Leaving Certificate Examination, 1913
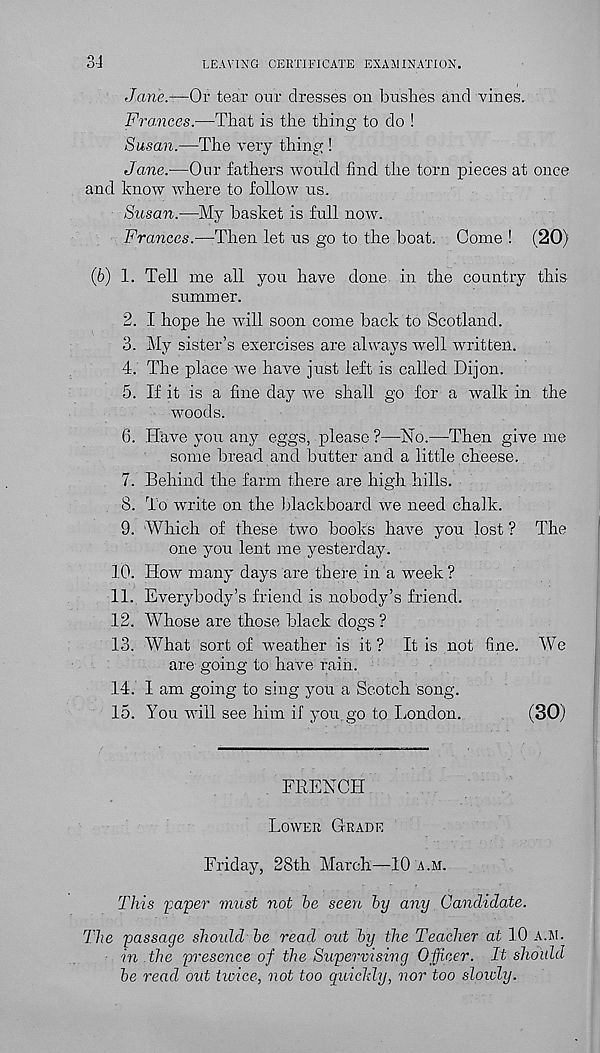
LEAVING CERTIFICATE EXAMINATION.
o \
O-i
Jane.—Or tear our dresses on bushes and vines.
Frances.'—That is the thing to do !
Susan.—The very thing !
Jane.—Our fathers would find the torn pieces at once
and know where to follow us.
Susan.—My basket is full now.
Frances.—Then let us go to the boat. Come ! (20)
(6) 1. Tell me all you have done in the country this
summer.
2. I hope he will soon come back to Scotland.
3. My sister’s exercises are always well written.
4. The place we have just left is called Dijon.
5. If it is a fine day we shall go for a walk in the
woods.
6. Have you any eggs, please ?—Ho.—Then give me
some bread and butter and a little cheese.
7. Behind the farm there are high hills.
8. To write on the blackboard we need chalk.
9. Which of these two books have you lost ? The
one you lent me yesterday.
10. How many days are there in a week?
11. Everybody’s friend is nobody’s friend.
12. Whose are those black dogs ?
13. What sort of weather is it ? It is not fine. We
are going to have rain.
14. I am going to sing you a Scotch song.
15. You will see him if you. go to London.
(SO)
FRENCH
Lower Grade
Friday, 28th March—10 a.m.
This 'paper must not be seen by any Candidate.
The passage shoidd be read out by the Teacher at 10 a.m.
in the presence of the Supervising Officer. It shoidd
be read out twice, not too quicldy, nor too slowly.